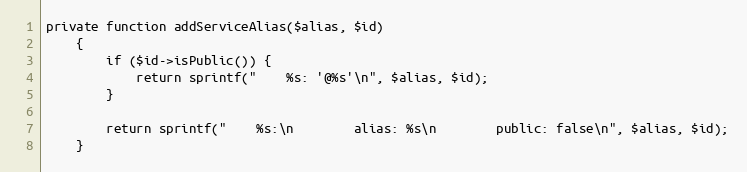
Language: PHP
private function addServiceAlias($alias, $id)
    {
        if ($id->isPublic()) {
            return sprintf("    %s: '@%s'\n", $alias, $id);
        }

        return sprintf("    %s:\n        alias: %s\n        public: false\n", $alias, $id);
    }